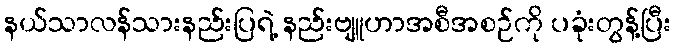
နယ်သာလန်သားနည်းပြရဲ့ နည်းဗျူဟာအစီအစဉ်ကို ပခုံးတွန့်ပြီး